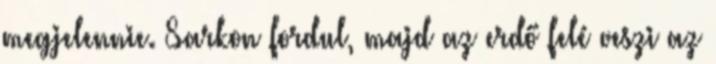
megjelennie. Sarkon fordul, majd az erdő felé veszi az